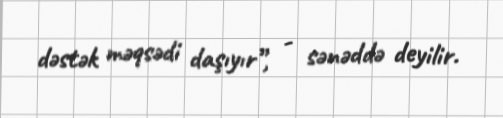
dəstək məqsədi daşıyır”, - sənəddə deyilir.